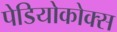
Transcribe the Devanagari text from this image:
पेडियोकोक्स